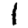
Digit: 1